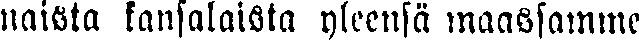
naista kansalaista yleensä maassamme